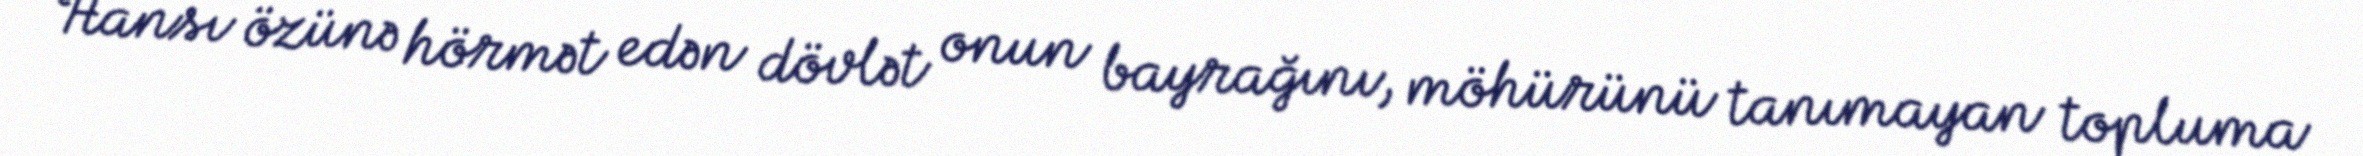
Hansı özünə hörmət edən dövlət onun bayrağını, möhürünü tanımayan topluma